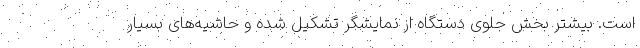
است. بیشتر بخش جلوی دستگاه از نمایشگر تشکیل شده و حاشیه‌های بسیار